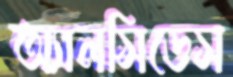
অ্যালসিডেস